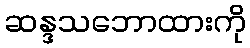
ဆန္ဒသဘောထားကို